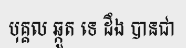
បុគ្គល ឆ្កួត ទេ ដឹង បានជា